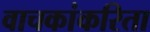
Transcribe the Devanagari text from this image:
वाचकांकरिता